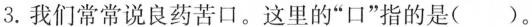
3. 我们常常说良药苦口。这里的”口”指的是( )。